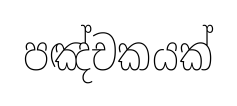
පඤ්චකයක්